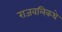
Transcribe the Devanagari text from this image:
राजवलिकथे